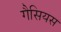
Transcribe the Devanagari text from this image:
गैसियस